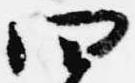
四